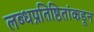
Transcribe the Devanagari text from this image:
लब्धप्रतिष्ठितांकडून